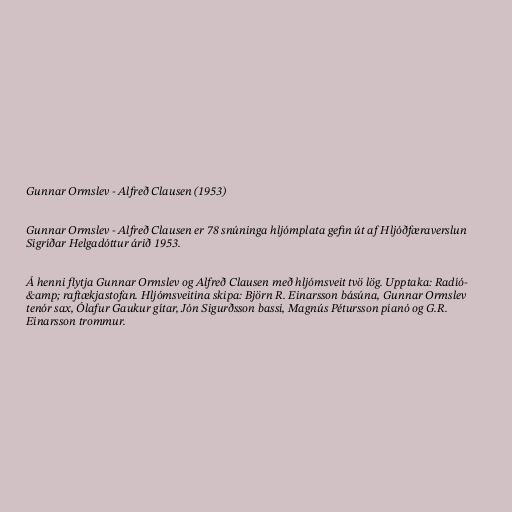
Gunnar Ormslev - Alfreð Clausen (1953)

Gunnar Ormslev - Alfreð Clausen er 78 snúninga hljómplata gefin út af Hljóðfæraverslun
Sigríðar Helgadóttur árið 1953.

Á henni flytja Gunnar Ormslev og Alfreð Clausen með hljómsveit tvö lög. Upptaka: Radíó-
&amp; raftækjastofan. Hljómsveitina skipa: Björn R. Einarsson básúna, Gunnar Ormslev
tenór sax, Ólafur Gaukur gítar, Jón Sigurðsson bassi, Magnús Pétursson píanó og G.R.
Einarsson trommur.